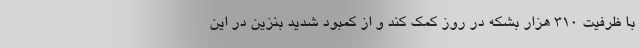
با ظرفیت 310 هزار بشکه در روز کمک کند و از کمبود شدید بنزین در این